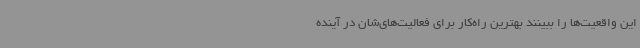
این واقعیت‌ها را ببینند بهترین راه‌کار برای فعالیت‌های‌شان در آینده‌